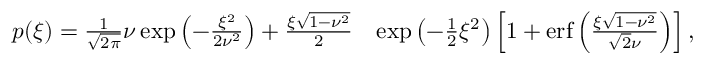
\begin{array} { r l } { p ( \xi ) = \frac { 1 } { \sqrt { 2 \pi } } \nu \exp \left( - \frac { \xi ^ { 2 } } { 2 \nu ^ { 2 } } \right) + \frac { \xi \sqrt { 1 - \nu ^ { 2 } } } { 2 } } & { \exp \left( - \frac { 1 } { 2 } \xi ^ { 2 } \right) \left[ 1 + \mathrm { e r f } \left( \frac { \xi \sqrt { 1 - \nu ^ { 2 } } } { \sqrt { 2 } \nu } \right) \right] , } \end{array}